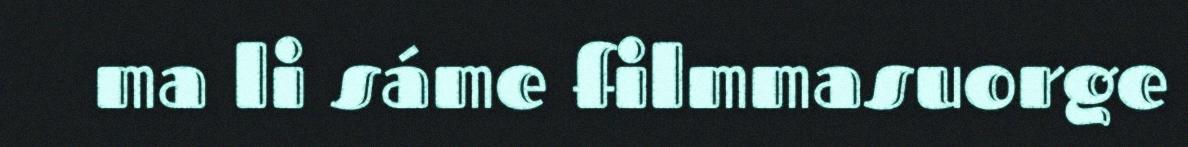
ma li sáme filmmasuorge